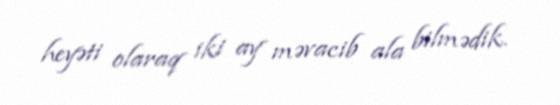
heyəti olaraq iki ay məvacib ala bilmədik.